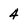
Character: 4